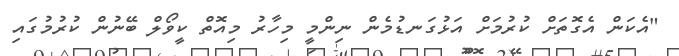
"އެކަން އެގޮތަށް ކުރުމަށް އަޅުގަނޑުމެން ނިންމީ މިހާރު މިއޮތް ކީވޯލް ބޭނުން ކުރުމުގައި